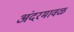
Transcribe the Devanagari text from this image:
अंदरमावळ